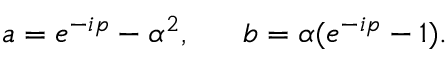
a = e ^ { - i p } - \alpha ^ { 2 } , ~ ~ ~ ~ ~ b = \alpha ( e ^ { - i p } - 1 ) .